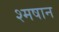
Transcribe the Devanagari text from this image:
श्मषान